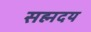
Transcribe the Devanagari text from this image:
सह्मदय